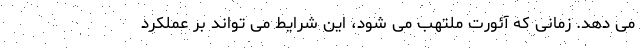
می دهد. زمانی که آئورت ملتهب می شود، این شرایط می تواند بر عملکرد